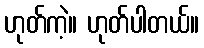
ဟုတ်ကဲ့။ ဟုတ်ပါတယ်။